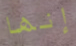
إنها